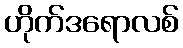
ဟိုက်ဒရောလစ်